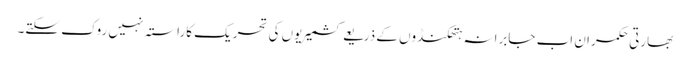
بھارتی حکمران اب جابرانہ ہتھکنڈوں کے ذریعے کشمیریوں کی تحریک کاراستہ نہیں روک سکتے۔